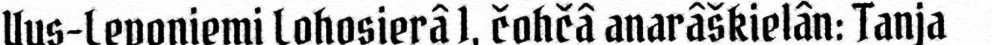
Uus-Leponiemi Lohosierâ 1, čohčâ anarâškielân: Tanja